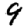
Digit: 9